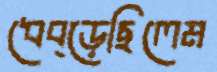
ধেব্‌ড়েছিলেম